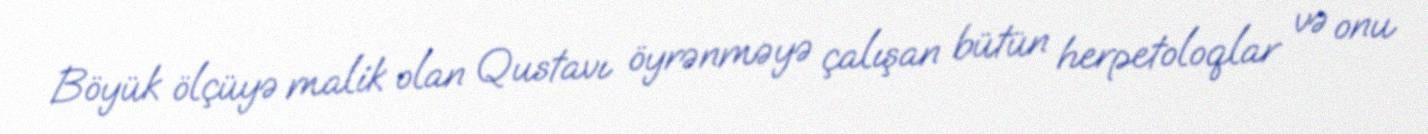
Böyük ölçüyə malik olan Qustavı öyrənməyə çalışan bütün herpetoloqlar və onu